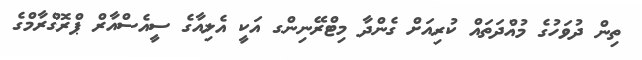
ތިން ދުވަހުގެ މުއްދަތައް ކުރިއަށް ގެންދާ މިޓްރޭނިންގ އަކީ އެލިއާގެ ސީއެސްއާރް ޕްރޮގްރާމްގެ